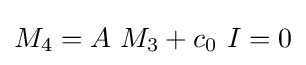
{\displaystyle M_{4}=A~M_{3}+c_{0}~I=0}